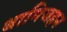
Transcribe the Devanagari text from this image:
थामिजहन